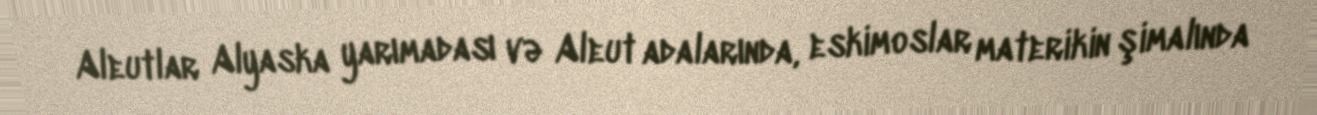
Aleutlar Alyaska yarımadası və Aleut adalarında, eskimoslar materikin şimalında